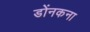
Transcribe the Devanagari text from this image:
डोंनकना